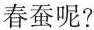
春蚕呢?